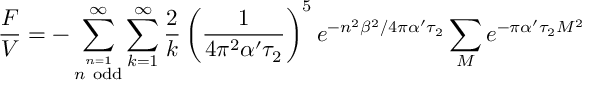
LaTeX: \frac { F } { V } = - \sum _ { \stackrel { n = 1 } { n ~ \mathrm { o d d } } } ^ { \infty } \sum _ { k = 1 } ^ { \infty } \frac { 2 } { k } \left( \frac { 1 } { 4 \pi ^ { 2 } \alpha ^ { \prime } \tau _ { 2 } } \right) ^ { 5 } e ^ { - n ^ { 2 } \beta ^ { 2 } / 4 \pi \alpha ^ { \prime } \tau _ { 2 } } \sum _ { M } e ^ { - \pi \alpha ^ { \prime } \tau _ { 2 } M ^ { 2 } }